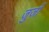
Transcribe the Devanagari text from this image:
जुजों